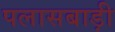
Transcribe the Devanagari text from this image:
पलासबाड़ी